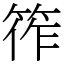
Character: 筰